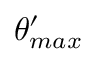
\theta _ { m a x } ^ { \prime }